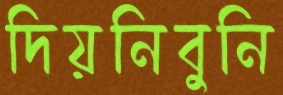
দিয়নিবুনি